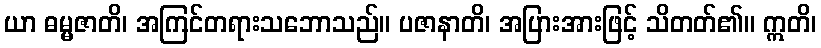
ယာ ဓမ္မဇာတိ၊ အကြင်တရားသဘောသည်။ ပဇာနာတိ၊ အပြားအားဖြင့် သိတတ်၏။ ဣတိ၊